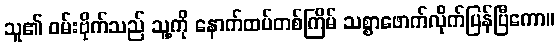
သူ၏ ဝမ်းဗိုက်သည် သူ့ကို နောက်ထပ်တစ်ကြိမ် သစ္စာဖောက်လိုက်ပြန်ပြီကော။